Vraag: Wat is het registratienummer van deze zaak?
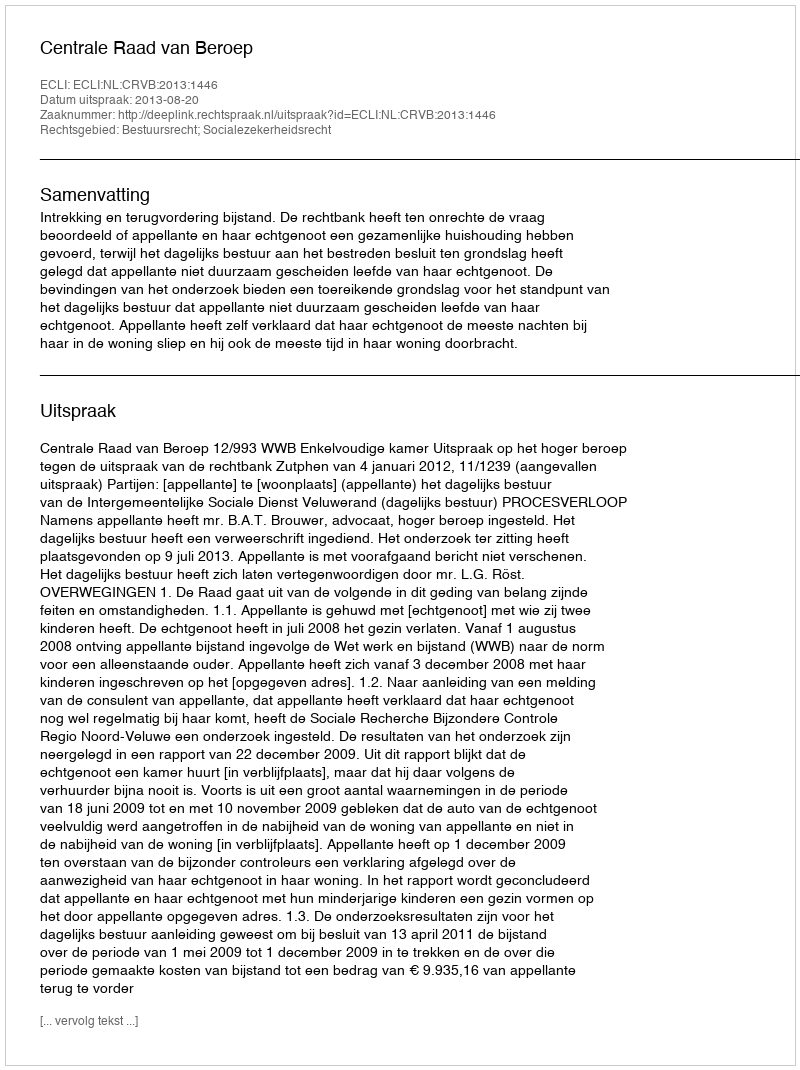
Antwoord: http://deeplink.rechtspraak.nl/uitspraak?id=ECLI:NL:CRVB:2013:1446